Report on the lunatic asylums in Bengal - 1862-
Year: 1862
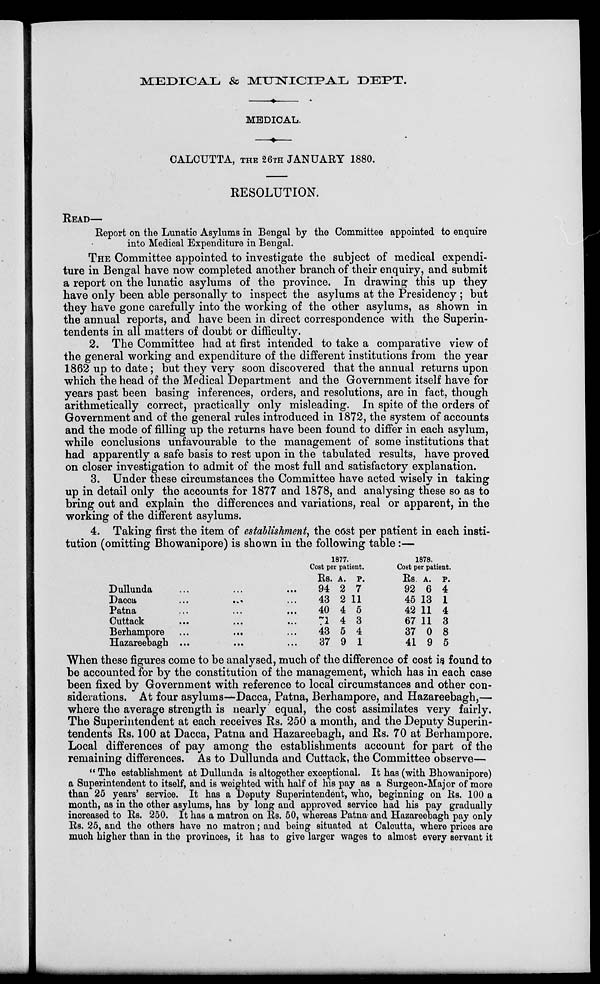
MEDICAL & MUNICIPAL DEPT.
MEDICAL.
CALCUTTA, THE 26TH JANUARY 1880.
RESOLUTION.
READ—
Report on the Lunatic Asylums in Bengal by the Committee appointed to enquire
into Medical Expenditure in Bengal.
THE Committee appointed to investigate the subject of medical expendi-
ture in Bengal have now completed another branch of their enquiry, and submit
a report on the lunatic asylums of the province. In drawing this up they
have only been able personally to inspect the asylums at the Presidency; but
they have gone carefully into the working of the other asylums, as shown in
the annual reports, and have been in direct correspondence with the Superin-
tendents in all matters of doubt or difficulty.
2. The Committee had at first intended to take a comparative view of
the general working and expenditure of the different institutions from the year
1862 up to date; but they very soon discovered that the annual returns upon
which the head of the Medical Department and the Government itself have for
years past been basing inferences, orders, and resolutions, are in fact, though
arithmetically correct, practically only misleading. In spite of the orders of
Government and of the general rules introduced in 1872, the system of accounts
and the mode of filling up the returns have been found to differ in each asylum,
while conclusions unfavourable to the management of some institutions that
had apparently a safe basis to rest upon in the tabulated results, have proved
on closer investigation to admit of the most full and satisfactory explanation.
3. Under these circumstances the Committee have acted wisely in taking
up in detail only the accounts for 1877 and 1878, and analysing these so as to
bring out and explain the differences and variations, real or apparent, in the
working of the different asylums.
4. Taking first the item of establishment, the cost per patient in each insti-
tution (omitting Bhowanipore) is shown in the following table :—
Dullunda ... ... ...
Dacca ... ... ...
Patna ... ... ...
Cuttack ... ... ...
Berhampore ... ... ...
Hazareebagh ... ... ...
1877.
Cost per patient.
Rs.
94
43
40
71
43
37
A.
2
2
4
4
5
9
P.
7
11
5
3
4
1
1878.
Cost per patient.
Rs.
92
45
42
67
37
41
A.
6
13
11
11
0
9
P.
4
1
4
3
8
5
When these figures come to be analysed, much of the difference of cost is found to
be accounted for by the constitution of the management, which has in each case
been fixed by Government with reference to local circumstances and other con-
siderations. At four asylums—Dacca, Patna, Berhampore, and Hazareebagh,—
where the average strength is nearly equal, the cost assimilates very fairly.
The Superintendent at each receives Rs. 250 a month, and the Deputy Superin-
tendents Rs. 100 at Dacca, Patna and Hazareebagh, and Rs. 70 at Berhampore.
Local differences of pay among the establishments account for part of the
remaining differences. As to Dullunda and Cuttack, the Committee observe—
" The establishment at Dullunda is altogether exceptional. It has (with Bhowanipore)
a Superintendent to itself, and is weighted with half of his pay as a Surgeon-Major of more
than 25 years' service. It has a Deputy Superintendent, who, beginning on Rs. 100 a
month, as in the other asylums, has by long and approved service had his pay gradually
increased to Rs. 250. It has a matron on Rs. 50, whereas Patna and Hazareebagh pay only
Rs. 25, and the others have no matron; and being situated at Calcutta, where prices are
much higher than in the provinces, it has to give larger wages to almost every servant it